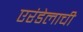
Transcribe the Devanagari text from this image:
एरंडेलाची